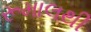
રૂમાલથી